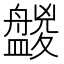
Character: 𥃑